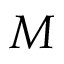
M